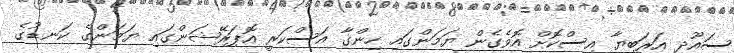
ސައޫދީ އަރަބިޔާ އިސްކޮށް އޮވެގެން ޔަމަންގައި ހިންގާ އަސްކަރީ އޮޕަރޭޝަންގައި ޔަމަންގެ ކަނޑުގެ